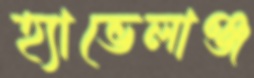
হ্যাভেলাঞ্জ